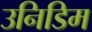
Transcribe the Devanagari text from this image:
उनिडिम